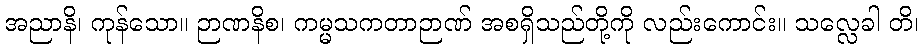
အညာနိ၊ ကုန်သော။ ဉာဏနိစ၊ ကမ္မသကတာဉာဏ် အစရှိသည်တို့ကို လည်းကောင်း။ သလ္လေခါ တိ၊